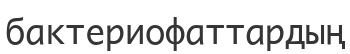
бактериофаттардың